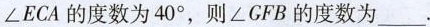
\angle ECA 的度数为40^{\circ} ，则\angle GFB的度数为___.